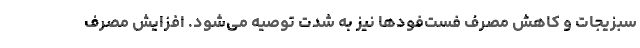
سبزیجات و کاهش مصرف فست‌فودها نیز به شدت توصیه می‌شود. افزایش مصرف